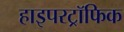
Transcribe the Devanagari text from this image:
हाइपरट्रॉफिक